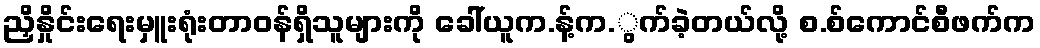
ညှိနှိုင်းရေးမှူးရုံးတာဝန်ရှိသူများကို ခေါ်ယူက.န့်က.ွက်ခဲ့တယ်လို့ စ.စ်ကောင်စီဖက်က